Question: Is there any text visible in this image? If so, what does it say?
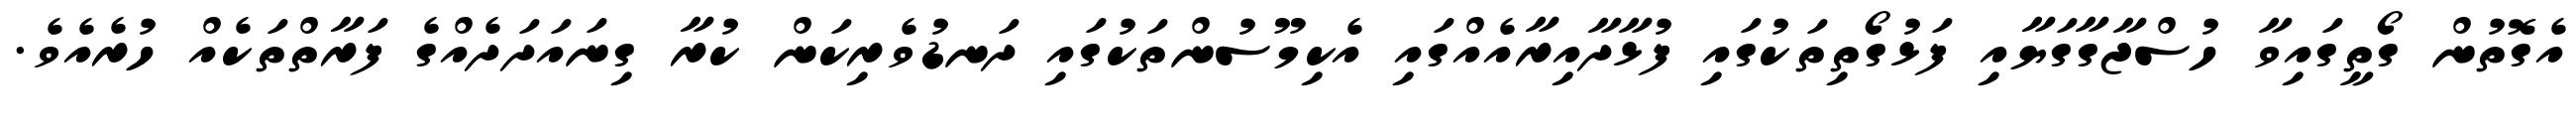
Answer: އެގޮތުން ގޯތީގައިވާ ހުސްޖާގާގަޔާއި ފަޅުގޯތިތަކުގައި ފުޅާދާއިރާއެއްގައި އެކިމޫސުންތަކުގައި ދަނޑުވެރިކަން ކުރާ ގިނައަދަދެއްގެ ފަރާތްތަކެއް ހުރެއެވެ.